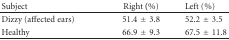
<table><thead><tr><td><b>Subject</b></td><td><b>Right (%)</b></td><td><b>Left (%)</b></td></tr></thead><tbody><tr><td>Dizzy (affected ears)</td><td>51.4 ± 3.8</td><td>52.2 ± 3.5</td></tr><tr><td>Healthy</td><td>66.9 ± 9.3</td><td>67.5 ± 11.8</td></tr></tbody></table>